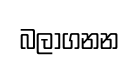
බලාගනන